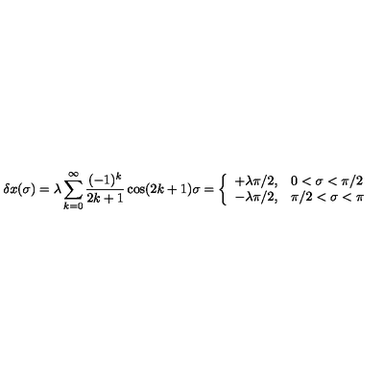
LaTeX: \delta x ( \sigma ) = \lambda \sum _ { k = 0 } ^ { \infty } \frac { ( - 1 ) ^ { k } } { 2 k + 1 } \cos ( 2 k + 1 ) \sigma = \left\{ \begin{array} { l l } { + \lambda \pi / 2 , } & { 0 < \sigma < \pi / 2 } \\ { - \lambda \pi / 2 , } & { \pi / 2 < \sigma < \pi } \\ \end{array} \right.